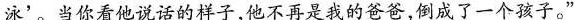
泳’。当你看他说话的样子，他不再是我的爸爸，倒成了一个孩子。”